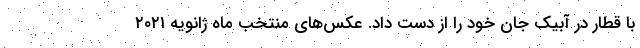
با قطار در آبیک جان خود را از دست داد. عکس‌های منتخب ماه ژانویه ۲۰۲۱